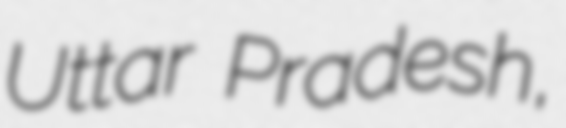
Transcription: Uttar Pradesh,